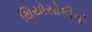
થિયોસોફીની